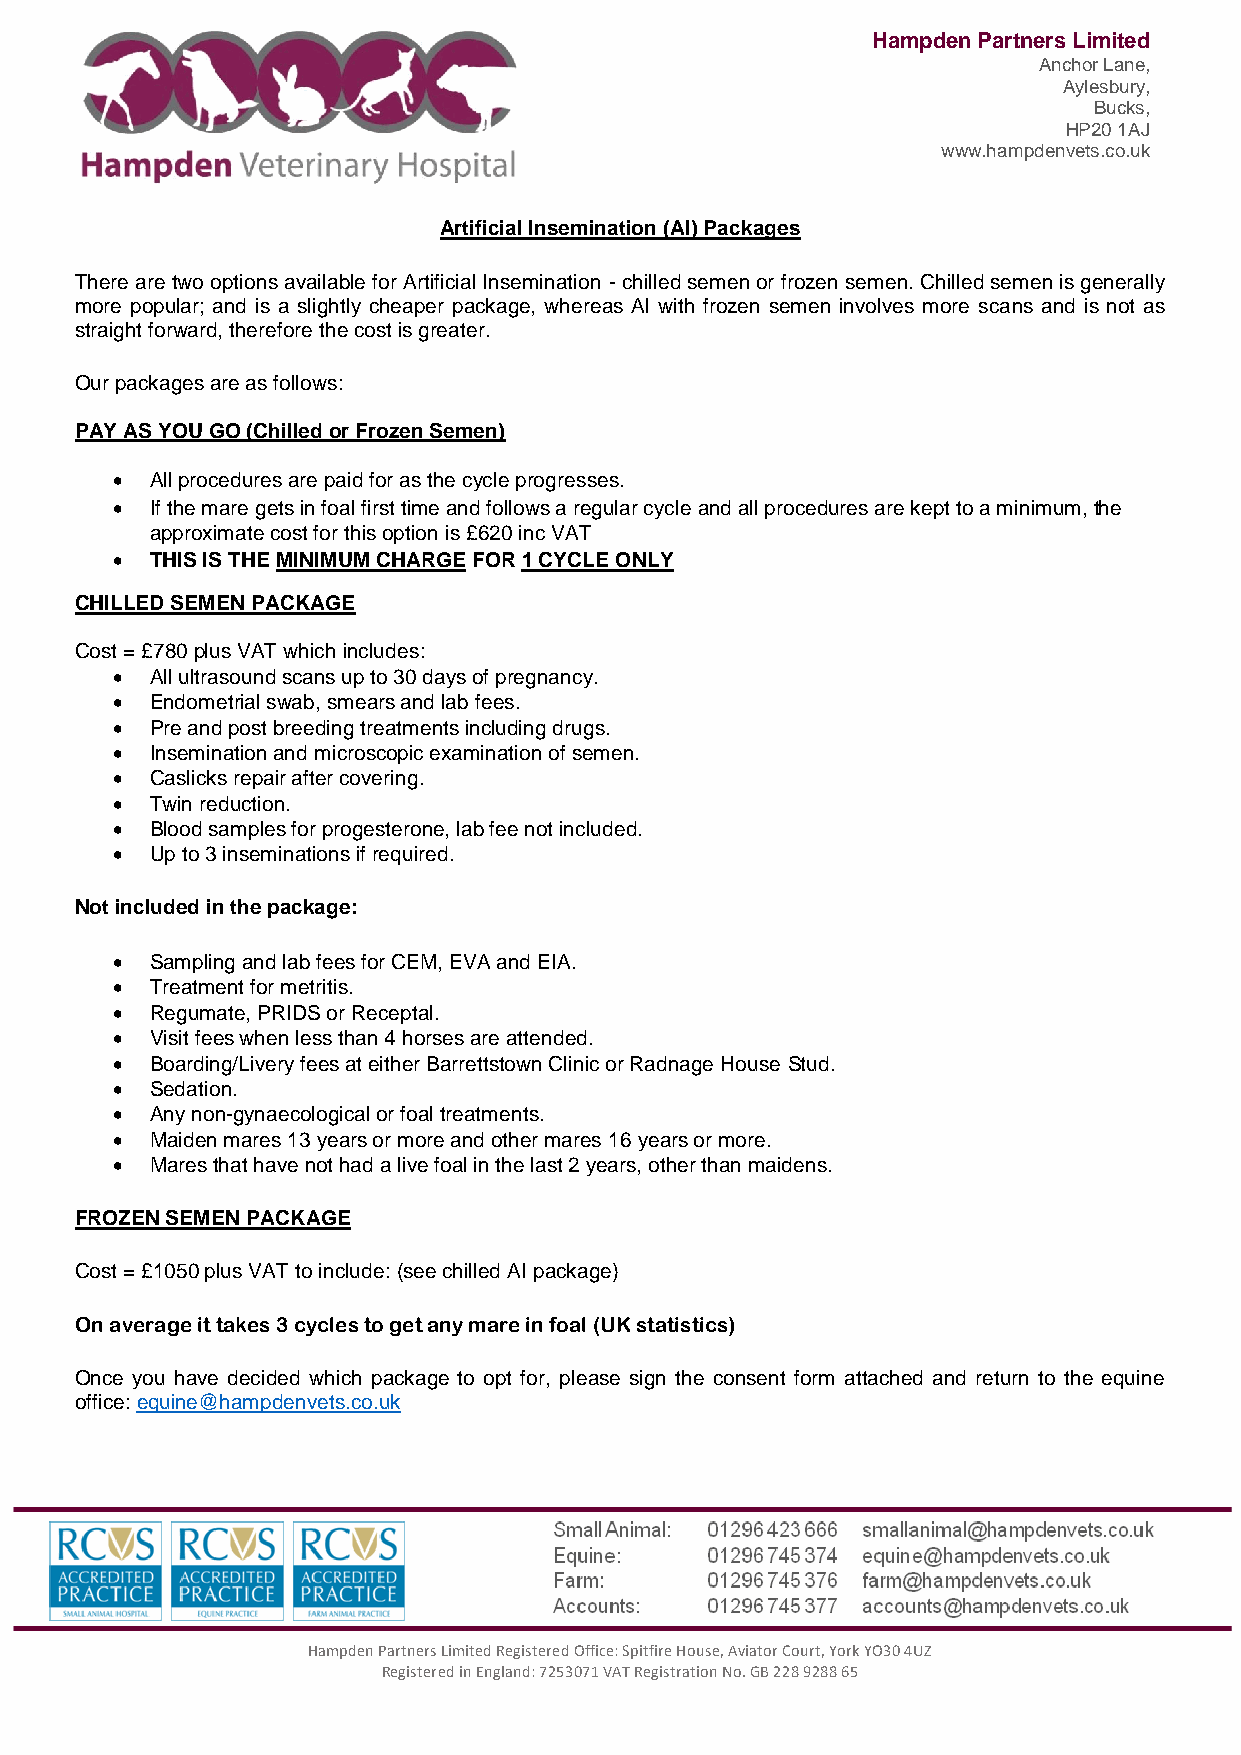
Hampden Partners Limited
 Anchor Lane,
 Aylesbury,
 Bucks,
 HP20 1AJ
 www.hampdenvets.co.uk
 Artificial Insemination (AI) Packages
 There are two options available for Artificial Insemination - chilled semen or frozen semen. Chilled semen is generally
 more popular; and is a slightly cheaper package, whereas AI with frozen semen involves more scans and is not as
 straight forward, therefore the cost is greater.
 Our packages are as follows:
 PAY AS YOU GO (Chilled or Frozen Semen)
   All procedures are paid for as the cycle progresses.
   If the mare gets in foal first time and follows a regular cycle and all procedures are kept to a minimum, the
 approximate cost for this option is £620 inc VAT
   THIS IS THE MINIMUM CHARGE FOR 1 CYCLE ONLY
 CHILLED SEMEN PACKAGE
 Cost = £780 plus VAT which includes:
   All ultrasound scans up to 30 days of pregnancy.
   Endometrial swab, smears and lab fees.
   Pre and post breeding treatments including drugs.
   Insemination and microscopic examination of semen.
   Caslicks repair after covering.
   Twin reduction.
   Blood samples for progesterone, lab fee not included.
   Up to 3 inseminations if required.
 Not included in the package:
   Sampling and lab fees for CEM, EVA and EIA.
   Treatment for metritis.
   Regumate, PRIDS or Receptal.
   Visit fees when less than 4 horses are attended.
   Boarding/Livery fees at either Barrettstown Clinic or Radnage House Stud.
   Sedation.
   Any non-gynaecological or foal treatments.
   Maiden mares 13 years or more and other mares 16 years or more.
   Mares that have not had a live foal in the last 2 years, other than maidens.
 FROZEN SEMEN PACKAGE
 Cost = £1050 plus VAT to include: (see chilled AI package)
 On average it takes 3 cycles to get any mare in foal (UK statistics)
 Once you have decided which package to opt for, please sign the consent form attached and return to the equine
 office: equine@hampdenvets.co.uk
 Hampden Partners Limited Registered Office: Spitfire House, Aviator Court, York YO30 4UZ
 Registered in England: 7253071 VAT Registration No. GB 228 9288 65